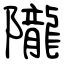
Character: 隴